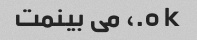
o k.، می بینمت